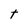
Character: t